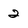
Character: 2